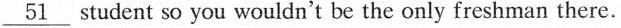
\underline{51} student so you wouldn't be the only freshman there.